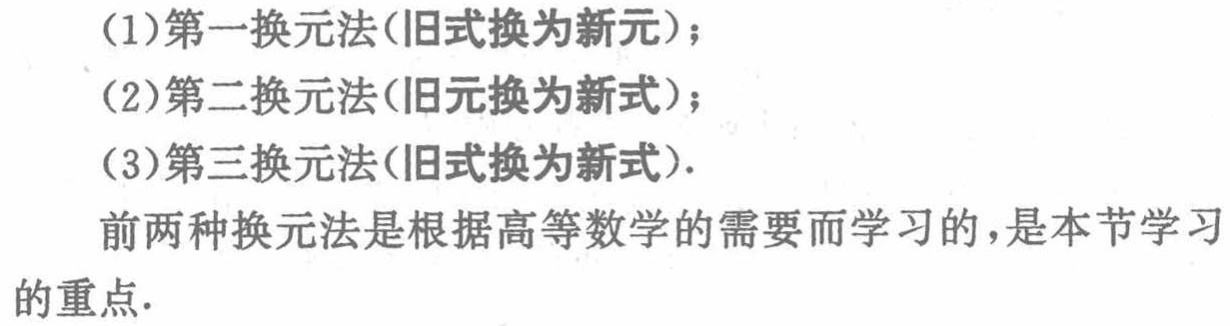
(1)第一换元法(旧式换为新元)；

(2)第二换元法(旧元换为新式)；

(3)第三换元法(旧式换为新式).

前两种换元法是根据高等数学的需要而学习的，是本节学习的重点.